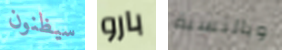
سيظنون بارو وبالنسبة